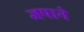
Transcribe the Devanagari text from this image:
जपाने